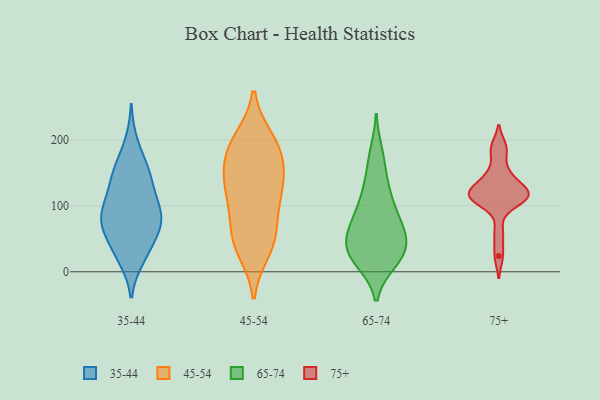
{"axis": {"x": "Waste Production (Tons)", "y": "Value"}, "legend": ["35-44", "45-54", "65-74", "75+"], "data": [{"x": "", "y": 103, "type": "35-44"}, {"x": "", "y": 197, "type": "35-44"}, {"x": "", "y": 159, "type": "35-44"}, {"x": "", "y": 30, "type": "35-44"}, {"x": "", "y": 19, "type": "35-44"}, {"x": "", "y": 158, "type": "35-44"}, {"x": "", "y": 22, "type": "35-44"}, {"x": "", "y": 57, "type": "35-44"}, {"x": "", "y": 77, "type": "35-44"}, {"x": "", "y": 81, "type": "35-44"}, {"x": "", "y": 143, "type": "35-44"}, {"x": "", "y": 80, "type": "35-44"}, {"x": "", "y": 124, "type": "35-44"}, {"x": "", "y": 77, "type": "35-44"}, {"x": "", "y": 153, "type": "35-44"}, {"x": "", "y": 50, "type": "35-44"}, {"x": "", "y": 66, "type": "35-44"}, {"x": "", "y": 85, "type": "35-44"}, {"x": "", "y": 103, "type": "35-44"}, {"x": "", "y": 119, "type": "35-44"}, {"x": "", "y": 109, "type": "45-54"}, {"x": "", "y": 128, "type": "45-54"}, {"x": "", "y": 116, "type": "45-54"}, {"x": "", "y": 152, "type": "45-54"}, {"x": "", "y": 45, "type": "45-54"}, {"x": "", "y": 34, "type": "45-54"}, {"x": "", "y": 184, "type": "45-54"}, {"x": "", "y": 56, "type": "45-54"}, {"x": "", "y": 135, "type": "45-54"}, {"x": "", "y": 180, "type": "45-54"}, {"x": "", "y": 60, "type": "45-54"}, {"x": "", "y": 191, "type": "45-54"}, {"x": "", "y": 199, "type": "45-54"}, {"x": "", "y": 78, "type": "65-74"}, {"x": "", "y": 16, "type": "65-74"}, {"x": "", "y": 102, "type": "65-74"}, {"x": "", "y": 124, "type": "65-74"}, {"x": "", "y": 67, "type": "65-74"}, {"x": "", "y": 35, "type": "65-74"}, {"x": "", "y": 38, "type": "65-74"}, {"x": "", "y": 136, "type": "65-74"}, {"x": "", "y": 108, "type": "65-74"}, {"x": "", "y": 15, "type": "65-74"}, {"x": "", "y": 75, "type": "65-74"}, {"x": "", "y": 25, "type": "65-74"}, {"x": "", "y": 33, "type": "65-74"}, {"x": "", "y": 74, "type": "65-74"}, {"x": "", "y": 15, "type": "65-74"}, {"x": "", "y": 51, "type": "65-74"}, {"x": "", "y": 57, "type": "65-74"}, {"x": "", "y": 38, "type": "65-74"}, {"x": "", "y": 168, "type": "65-74"}, {"x": "", "y": 181, "type": "65-74"}, {"x": "", "y": 145, "type": "75+"}, {"x": "", "y": 189, "type": "75+"}, {"x": "", "y": 184, "type": "75+"}, {"x": "", "y": 109, "type": "75+"}, {"x": "", "y": 24, "type": "75+"}, {"x": "", "y": 108, "type": "75+"}, {"x": "", "y": 148, "type": "75+"}, {"x": "", "y": 59, "type": "75+"}, {"x": "", "y": 113, "type": "75+"}, {"x": "", "y": 113, "type": "75+"}, {"x": "", "y": 123, "type": "75+"}, {"x": "", "y": 115, "type": "75+"}, {"x": "", "y": 125, "type": "75+"}, {"x": "", "y": 122, "type": "75+"}]}